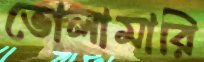
ভোলামারি